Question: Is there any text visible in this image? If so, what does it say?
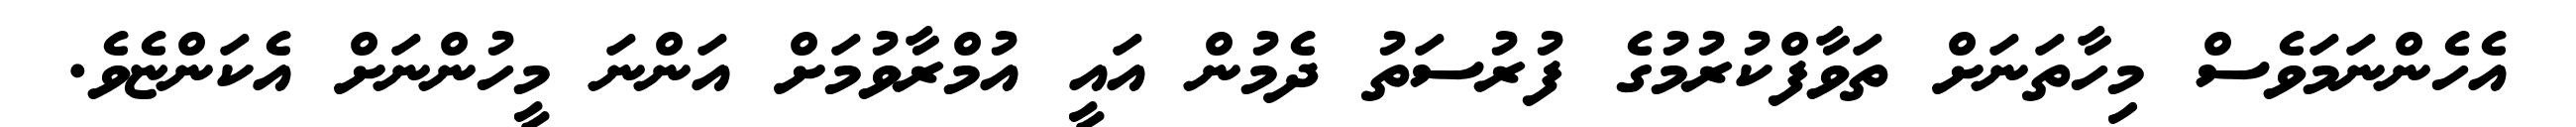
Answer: އެހެންނަމަވެސް މިހާތަނަށް ތަވާފްކުރުމުގެ ފުރުސަތު ދެމުން އައީ އުމްރާވުމަށް އަންނަ މީހުންނަށް އެކަންޏެވެ.